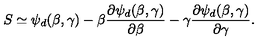
S \simeq \psi _ { d } ( \beta , \gamma ) - \beta \frac { \partial \psi _ { d } ( \beta , \gamma ) } { \partial \beta } - \gamma \frac { \partial \psi _ { d } ( \beta , \gamma ) } { \partial \gamma } .